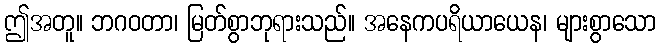
ဤအတူ။ ဘဂဝတာ၊ မြတ်စွာဘုရားသည်။ အနေကပရိယာယေန၊ များစွာသော